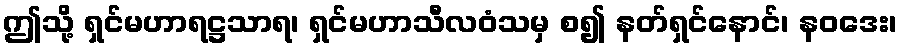
ဤသို့ ရှင်မဟာရဋ္ဌသာရ၊ ရှင်မဟာသီလဝံသမှ စ၍ နတ်ရှင်နောင်၊ နဝဒေး၊